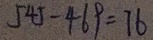
5 4 5 - 4 6 9 = 7 6